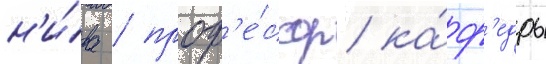
н'и́ва / проф'е́ссор ка́ф'едры